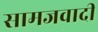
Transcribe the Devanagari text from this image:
सामजवादी